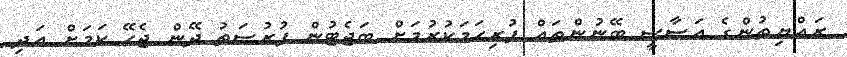
ރައްޔިތުންގެ އަސާސީ ބޭނުންތައް ފުރިހަމަކުރުމަށް ބަޖެޓުން ފުރުސަތު ދޭން ޖެހޭ ކަމަށް އަދި